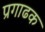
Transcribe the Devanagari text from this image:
प्रगाढक